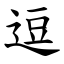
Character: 逗